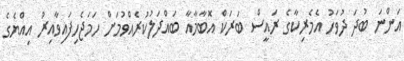
އަންނަ ބުދަ ދުވަހު އެމެރިކާގެ ރައީސް ބަރަކް އޮބާމާއާ ބައްދަލުކުރެއްވުމަށް ހަމަޖެހިފައިވާއިރު އިއްޔެގެ